Scottish Leaving Certificate Examination, 1958
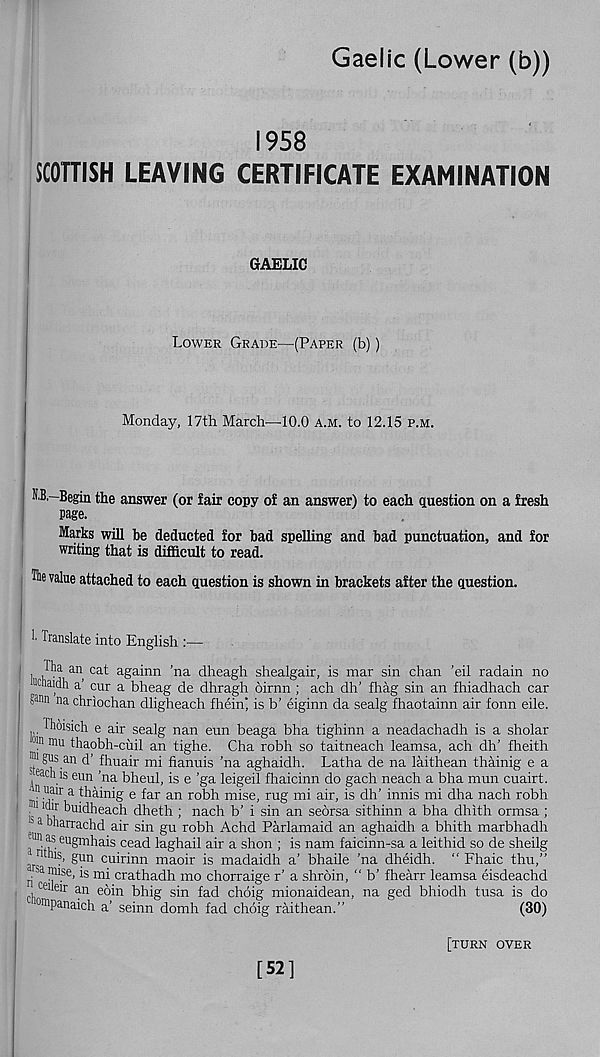
Gaelic (Lower (b))
1958
SCOTTISH LEAVING CERTIFICATE EXAMINATION
GAELIC
Lower Grade—{Paper (b))
Monday, 17th March—10.0 a.m. to 12.15 p.m.
"B.—Begin the answer (or fair copy of an answer) to each question on a fresh
page.
Marks will be deducted for bad spelling and bad punctuation, and for
writing that is difficult to read.
The value attached to each question is shown in brackets after the question.
i hanslate into English :—
Tha an cat againn ’na dheagh shealgair, is mar sin chan ’eil radain no
uchaidh a cur a bheag de dhragh oirnn ; ach dh’ drag sin an fhiadhach car
na chriochan dligheach fhein' is b’ eiginn da sealg fhaotainn air fonn eile.
ihoisich e air sealg nan eun beaga bha tighinn a neadachadh is a sholar
! °! n rau thaobh-cuil an tighe. Cha robh so taitneach leamsa, ach dh' fheith
1 gus an d’ fhuair mi fianuis 'na aghaidh. Latha de na laithean thainig e a
s actus eun 'na bheul, is e 'ga leigeil fhaicinn do gach neach a bha mun cuairt.
!
«ur a thainig e far an robh mise, rug mi air, is dh’ innis mi dha nach robh
s' w
dheth ; nach b’ i sin an seorsa sithinn a bha dhith ormsa ;
^ a bharrachd air sin gu robh Achd Parlamaid an aghaidh a bhith marbhadh
on as eugmhais cead laghail air a shon ; is nam faicinn-sa a leithid so de sheilg
n nis, gun cuirinn maoir is madaidh a’ bhaile ’na dheidh. “ Fhaic thu,”
^a nn.se, as m i crathadh mo chorraige r’ a shroin, “ b’ fhearr leamsa eisdeachd
ceiteir an eoin bhig sin fad choig mionaidean, na ged bhiodh tusa is do
°mPanaich a’ seinn domh fad choig raithean.”
(30)
[52]
[turn over